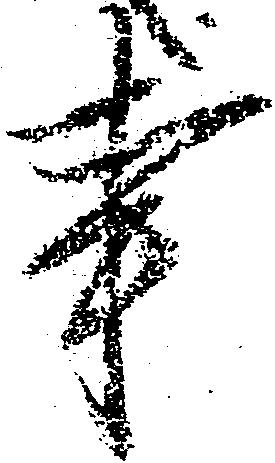
事